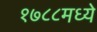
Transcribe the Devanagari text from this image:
१७८८मध्ये